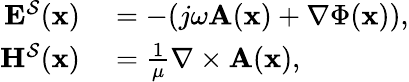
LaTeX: \begin{array}{rl}{\mathbf{E}^{\mathcal{S}}(\mathbf{x})}&{{}{}=-(j\omega\mathbf{A}(\mathbf{x})+\nabla\Phi(\mathbf{x})),}\\ {\mathbf{H}^{\mathcal{S}}(\mathbf{x})}&{{}{}=\frac{1}{\mu}\nabla\times\mathbf{A}(\mathbf{x}),}\end{array}